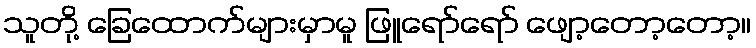
သူတို့ ခြေထောက်များမှာမူ ဖြူရော်ရော် ဖျော့တော့တော့။